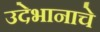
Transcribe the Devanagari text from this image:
उदेभानाचे